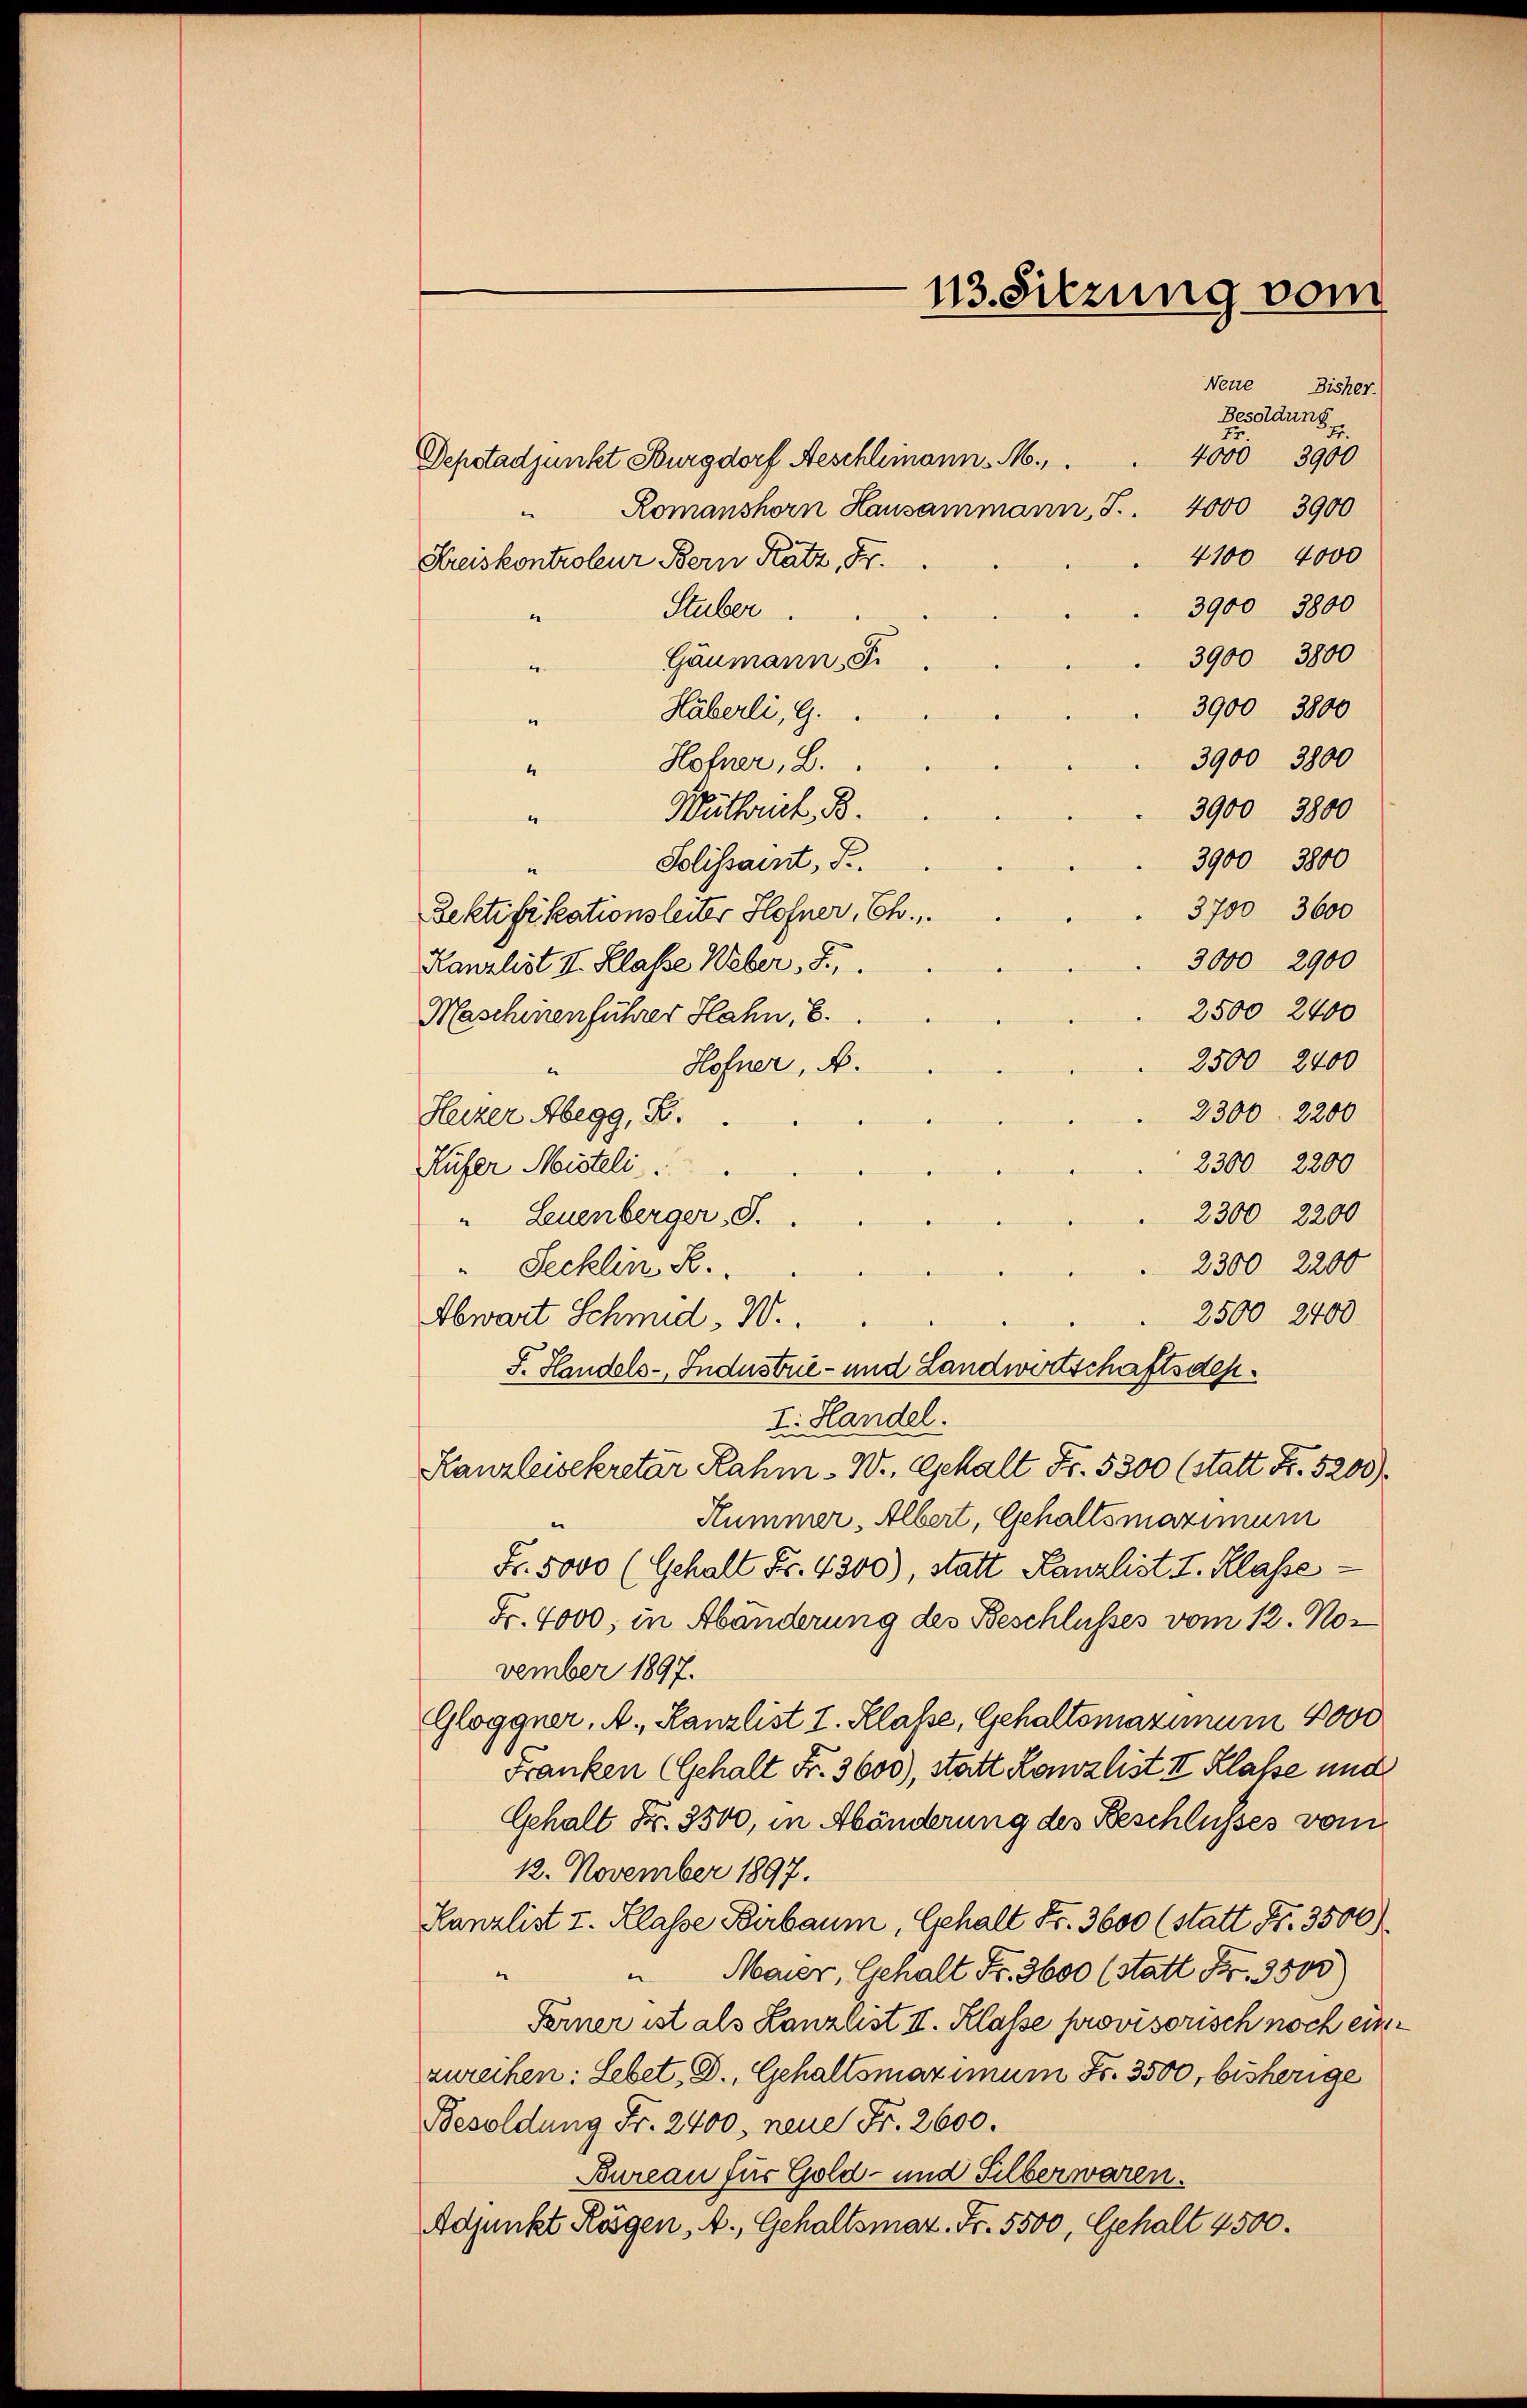
113. Sitzung vom

Neue Bisher.
Besoldung
72.
4000 3900
Depstadjunkt Burgdorf Aeschlimann. M.,
4000
3900
Romanshorn Hausammann, S.
4100 4000
Kreiskontroleur Bern Katz, Fr.
3900 3800
Stuber.
“
3900 3800
Gäumann, S.
e
3900, 3800
Häberli, G.
3900 3800
Hofner, B.
4
3900 3800
Wuttruck. B.
“
3900 3800
Solissant, S.
“
3700 3600
Rektifikationsleiter Hofner, Ch.,
3000 2900
Kanzlist II. Klasse Weber, S.
2500 2400
Maschinenführer Hahn, 8.
2500 2400
Hofner, A.
e
2300. 2200
Heizer Abegg, S.
2300 2200
Rufer Meisteli
2300 2200
" Leuenberger, S.
2300 2200
" Secklin K.
2500 2400
Abwart Schmid, W.
S. Handels-Industrie- und Landwirtschaftsdep
I. Handel.
Kanzleisekretär Rahm - W., Gehalt Fr. 5300 (statt Fr. 5200)
Hummer, Albert, Gehaltsmaximum
Fr. 5000 (Gehalt Fr. 4300), statt Kanzlist I. Klasse
Fr. 4000; in Abänderung des Beschlusses vom 12. Nor
vember 1897.
Gloggner. A., Kanzlist I. Klasse, Gehaltsmaximum 4000
Franken (Gehalt Fr. 3600), statt Kanzlist II Klasse und
Gehalt Fr. 3500, in Abänderung des Beschlusses von
12. November 1897.
Kanzlist I. Klasse Birbaum, Gehalt Fr. 3600 (statt Fr. 3500).
“
Maier, Gehalt Fr. 3600 (statt Fr. 3500)
Ferner ist als Lanzlist II. Klasse provisorisch noch einzureihen: Lebet, D., Gehaltsmaximum Fr. 3500, bisherige
Besoldung Fr. 2400, neue Fr. 2600.
Bureau für Gold- und Silberwaren.
Adjunkt Kögen, A., Gehaltsmar. Fr. 5500, Gehalt 2500.